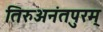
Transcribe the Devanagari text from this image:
तिरुअनंतपुरम्